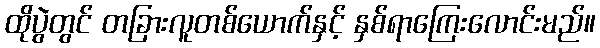
ထိုပွဲတွင် တခြားလူတစ်ယောက်နှင့် နှစ်ရာကြေးလောင်းမည်။